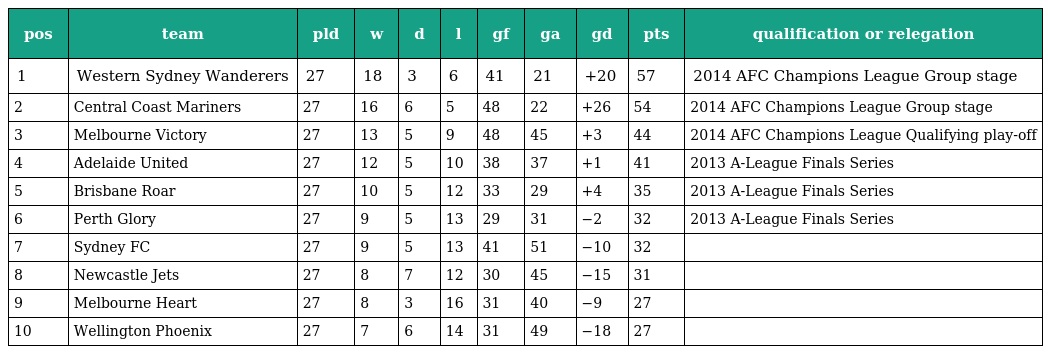
| pos | team | pld | w | d | l | gf | ga | gd | pts | qualification or relegation |
 | --- | --- | --- | --- | --- | --- | --- | --- | --- | --- | --- |
 | 1 | Western Sydney Wanderers | 27 | 18 | 3 | 6 | 41 | 21 | +20 | 57 | 2014 AFC Champions League Group stage |
 | 2 | Central Coast Mariners | 27 | 16 | 6 | 5 | 48 | 22 | +26 | 54 | 2014 AFC Champions League Group stage |
 | 3 | Melbourne Victory | 27 | 13 | 5 | 9 | 48 | 45 | +3 | 44 | 2014 AFC Champions League Qualifying play-off |
 | 4 | Adelaide United | 27 | 12 | 5 | 10 | 38 | 37 | +1 | 41 | 2013 A-League Finals Series |
 | 5 | Brisbane Roar | 27 | 10 | 5 | 12 | 33 | 29 | +4 | 35 | 2013 A-League Finals Series |
 | 6 | Perth Glory | 27 | 9 | 5 | 13 | 29 | 31 | −2 | 32 | 2013 A-League Finals Series |
 | 7 | Sydney FC | 27 | 9 | 5 | 13 | 41 | 51 | −10 | 32 |  |
 | 8 | Newcastle Jets | 27 | 8 | 7 | 12 | 30 | 45 | −15 | 31 |  |
 | 9 | Melbourne Heart | 27 | 8 | 3 | 16 | 31 | 40 | −9 | 27 |  |
 | 10 | Wellington Phoenix | 27 | 7 | 6 | 14 | 31 | 49 | −18 | 27 |  |